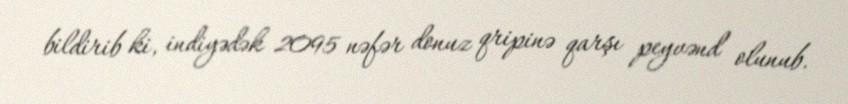
bildirib ki, indiyədək 2095 nəfər donuz qripinə qarşı peyvənd olunub.